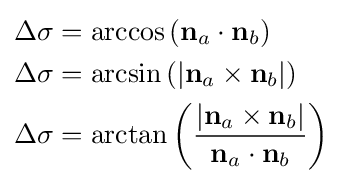
{\begin{aligned}&\Delta \sigma =\arccos \left(\mathbf {n} _{a}\cdot \mathbf {n} _{b}\right)\\&\Delta \sigma =\arcsin \left(\left|\mathbf {n} _{a}\times \mathbf {n} _{b}\right|\right)\\&\Delta \sigma =\arctan \left({\frac {\left|\mathbf {n} _{a}\times \mathbf {n} _{b}\right|}{\mathbf {n} _{a}\cdot \mathbf {n} _{b}}}\right)\\\end{aligned}}